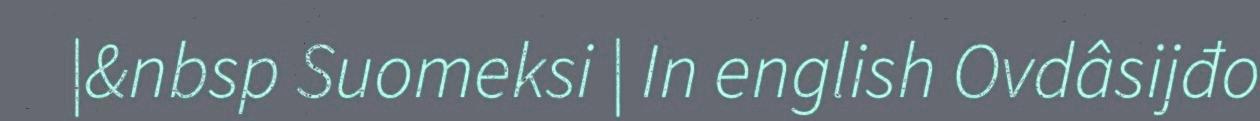
|&nbsp Suomeksi | In english Ovdâsijđo